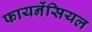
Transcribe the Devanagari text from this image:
फायनेंसियल